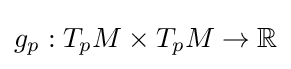
g_{p}:T_{p}M\times T_{p}M\to \mathbb {R}